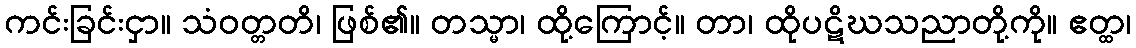
ကင်းခြင်းငှာ။ သံဝတ္တတိ၊ ဖြစ်၏။ တသ္မာ၊ ထို့ကြောင့်။ တာ၊ ထိုပဋိဃသညာတို့ကို။ ဧတ္ထ၊